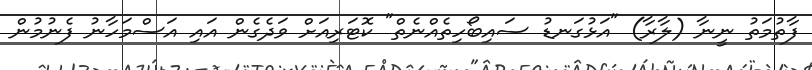
ފާތުމަތު ނީނާ (ލާރާ) "އަޅުގަނޑު ސައިބޯހިތެއްނެތް" ކޮޓަރިއަށް ވަދެގެން އައި އަސްމަހާނު ފެނުމުން